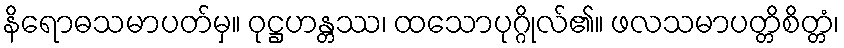
နိရောဓသမာပတ်မှ။ ဝုဋ္ဌဟန္တဿ၊ ထသောပုဂ္ဂိုလ်၏။ ဖလသမာပတ္တိစိတ္တံ၊